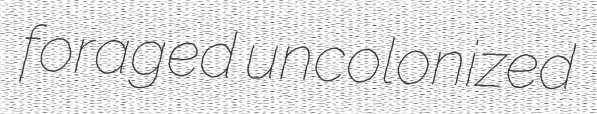
foraged uncolonized